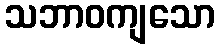
သဘာဝကျသော